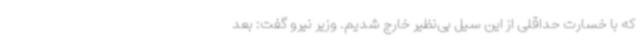
که با خسارت حداقلی از این سیل بی‌نظیر خارج شدیم. وزیر نیرو گفت: بعد